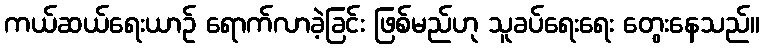
ကယ်ဆယ်ရေးယာဉ် ရောက်လာခဲ့ခြင်း ဖြစ်မည်ဟု သူခပ်ရေးရေး တွေးနေသည်။